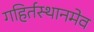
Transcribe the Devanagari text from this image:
गहिर्तस्थानमेव